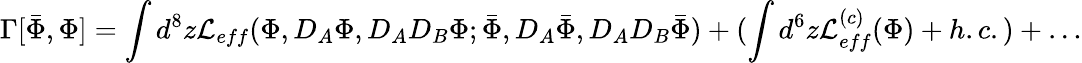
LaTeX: \Gamma[\bar{\Phi},\Phi]=\int d^{8}z{\cal L}_{eff}(\Phi,D_{A}\Phi,D_{A}D_{B}\Phi;\bar{\Phi},D_{A}\bar{\Phi},D_{A}D_{B}\bar{\Phi})+(\int d^{6}z{\cal L}_{eff}^{(c)}(\Phi)+h.c.)+\ldots